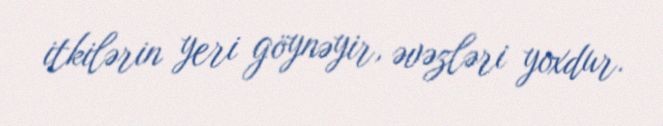
itkilərin yeri göynəyir, əvəzləri yoxdur.